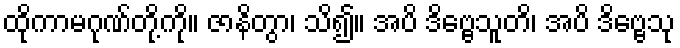
ထိုကာမဂုဏ်တို့ကို။ ဇာနိတွာ၊ သိ၍။ အပိ ဒိဗ္ဗေသူတိ၊ အပိ ဒိဗ္ဗေသု